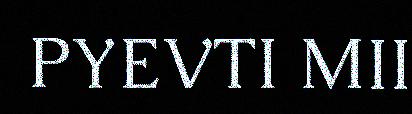
PYEVTI MII